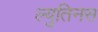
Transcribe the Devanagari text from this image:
ल्युतिनस